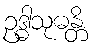
ဥဒ္ဓါသုဓန္တိ